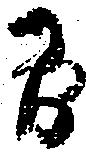
間